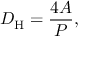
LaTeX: D _ { \mathrm { H } } = { \frac { 4 A } { P } } ,